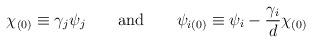
LaTeX: \begin{align*}\chi_{(0)} \equiv \gamma_j\psi_j \qquad \textup{and} \qquad\psi_{i(0)} \equiv \psi_i-\frac{\gamma_i}{d}\chi_{(0)}\end{align*}